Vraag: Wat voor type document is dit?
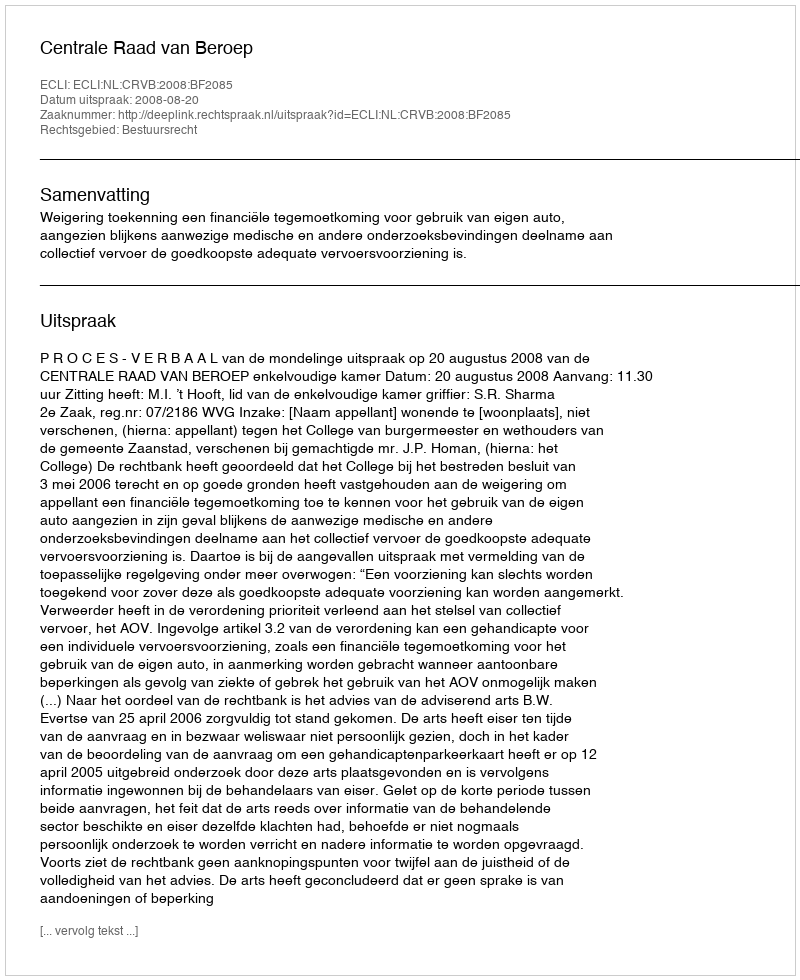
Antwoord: Uitspraak